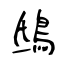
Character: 鴟